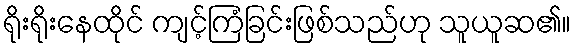
ရိုးရိုးနေထိုင် ကျင့်ကြံခြင်းဖြစ်သည်ဟု သူယူဆ၏။